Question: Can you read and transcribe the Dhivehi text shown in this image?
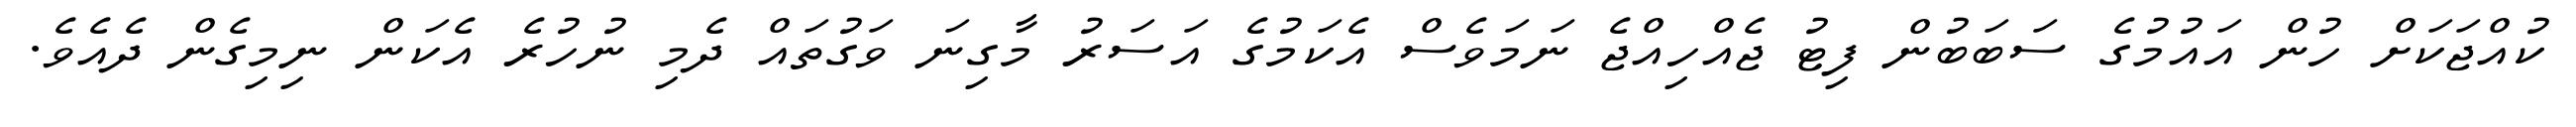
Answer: ކުއްޖަކަށް ހުން އައުމުގެ ސަބަބުން ފިޓު ޖެއްހިއްޖެ ނަމަވެސް އެކަމުގެ އަސަރު މާގިނަ ވަގުތައް ދެމި ނުހުރެ އެކަން ނިމިގެން ދެއެވެ.